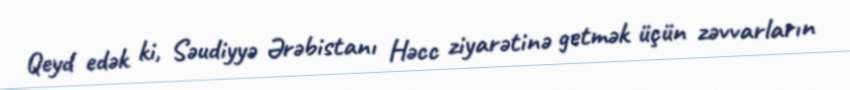
Qeyd edək ki, Səudiyyə Ərəbistanı Həcc ziyarətinə getmək üçün zəvvarların